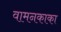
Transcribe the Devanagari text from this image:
वामनकाका